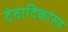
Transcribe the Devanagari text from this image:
देवादिकांसह